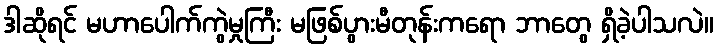
ဒါဆိုရင် မဟာပေါက်ကွဲမှုကြီး မဖြစ်ပွားမီတုန်းကရော ဘာတွေ ရှိခဲ့ပါသလဲ။